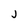
Character: j